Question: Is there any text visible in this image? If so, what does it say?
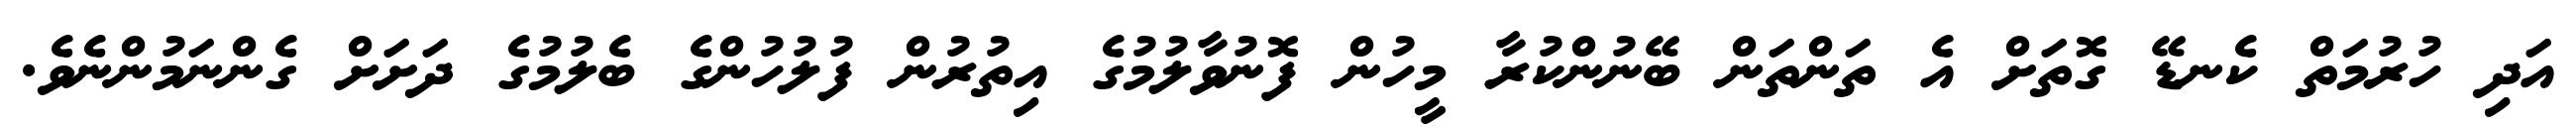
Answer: އަދި ހުރުމަތް ކެނޑޭ ގޮތަށް އެ ތަންތަން ބޭނުންކުރާ މީހުން ފޮނުވާލުމުގެ އިތުރުން ފުލުހުންގެ ބެލުމުގެ ދަށަށް ގެންނަމުންނެވެ.